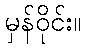
မှန်ဝိုင်း။